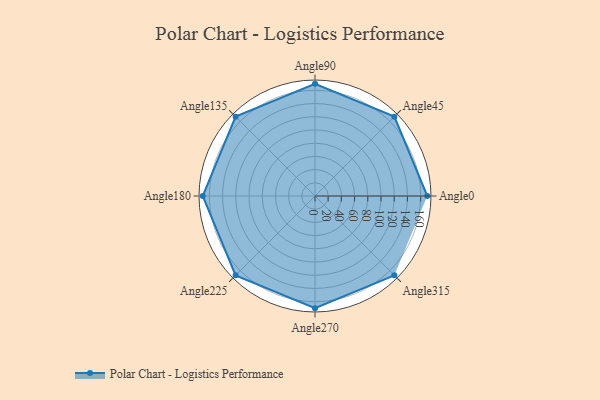
{"axis": {"x": "Angle", "y": "Radius"}, "legend": [""], "data": [{"x": "Angle0", "y": 170, "type": ""}, {"x": "Angle45", "y": 170, "type": ""}, {"x": "Angle90", "y": 170, "type": ""}, {"x": "Angle135", "y": 170, "type": ""}, {"x": "Angle180", "y": 170, "type": ""}, {"x": "Angle225", "y": 170, "type": ""}, {"x": "Angle270", "y": 170, "type": ""}, {"x": "Angle315", "y": 170, "type": ""}]}